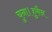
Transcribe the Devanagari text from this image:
चुना।हुसैन